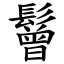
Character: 鬙